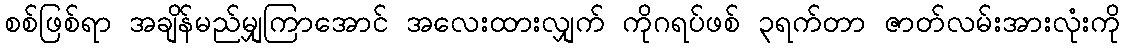
စစ်ဖြစ်ရာ အချိန်မည်မျှကြာအောင် အလေးထားလျှက် ကိုဂရပ်ဖစ် ၃ရက်တာ ဇာတ်လမ်းအားလုံးကို